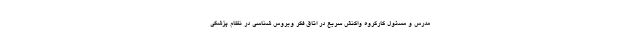
مدرس و مسئول کارگروه واکنش سریع در اتاق فکر ویروس شناسی در نظام پزشکی